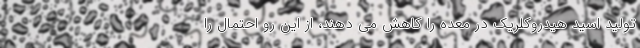
تولید اسید هیدروکلریک در معده را کاهش می دهند، از این رو احتمال را